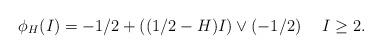
LaTeX: \begin{align*} \phi_H(I) = -1/2 + ((1/2-H)I)\vee (-1/2) \quad\; I\geq2.\end{align*}